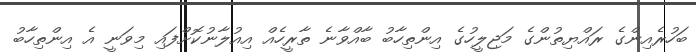
ބަހުރެއިންގެ ރައްޔިތުންގެ މަޖިލީހުގެ އިންތިހާބު ބާއްވާނެ ތާރީހެއް އިއުލާނުކޮށްފައި މިވަނީ އެ އިންތިހާބު